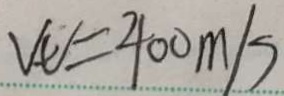
V _ { t } = 4 0 0 m / s